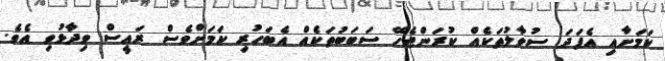
ކަމަށާއި އެފަދަ ސުވާލުތަކެއް ކުރަންޖެހޭ ސަބަބުތަކެއް އެބަހުރި ކަމަށްވެސް ރައީސް ވިދާޅުވި އެވެ.